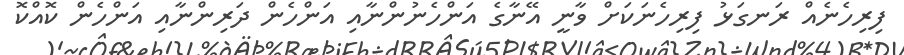
ފިރިހެނެއް ރަނގަޅު ފިރިހެނަކަށް ވާނީ އޭނާގެ އަންހެނުންނާއި އަންހެން ދަރިންނާއި އަންހެން ކޮއްކޮ